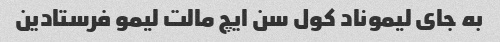
به جای لیموناد کول سن ایچ مالت لیمو فرستادین